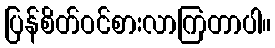
ပြန်စိတ်ဝင်စားလာကြတာပါ။